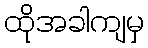
ထိုအခါကျမှ